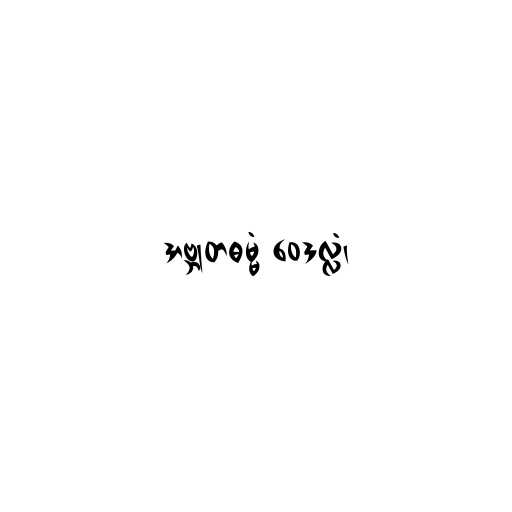
အဗ္ဘုတဓမ္မံ ဝေဒလ္လံ၊